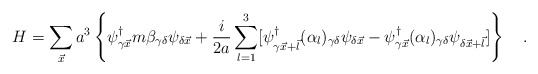
\begin{align*}H=\sum_{\vec{x}} a^3 \left\{ \psi_{\gamma \vec{x}}^{\dagger} m\beta _{\gamma \delta}\psi_{\delta \vec{x}}+\frac{i}{2a}\sum_{l=1}^{3}[\psi_{ \gamma \vec{x}+\vec{l}}^{\dagger}(\alpha_{l})_{\gamma \delta}\psi_{\delta \vec{x}}- \psi_{\gamma \vec{x}}^{\dagger}(\alpha_{l})_{\gamma \delta}\psi_{\delta \vec{x}+\vec{l}}] \right\}\quad .\end{align*}